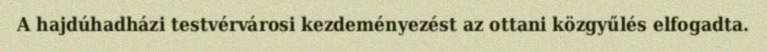
A hajdúhadházi testvérvárosi kezdeményezést az ottani közgyűlés elfogadta.